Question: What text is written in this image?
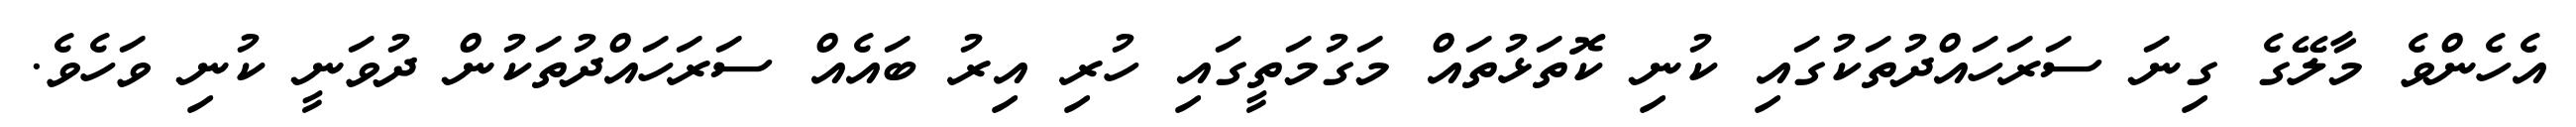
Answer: އެހެންވެ މާލޭގެ ގިނަ ސަރަހައްދުތަކުގައި ކުނި ކޮތަޅުތައް މަގުމަތީގައި ހުރި އިރު ބައެއް ސަރަހައްދުތަކުން ދުވަނީ ކުނި ވަހެވެ.